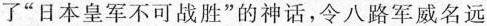
了”日本皇军不可战胜”的神话，令八路军威名远